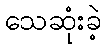
သေဆုံးခဲ့